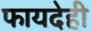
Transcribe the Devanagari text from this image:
फायदेही